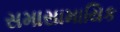
સમાસામાયિક